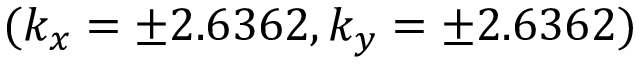
( k _ { x } = \pm 2 . 6 3 6 2 , k _ { y } = \pm 2 . 6 3 6 2 )